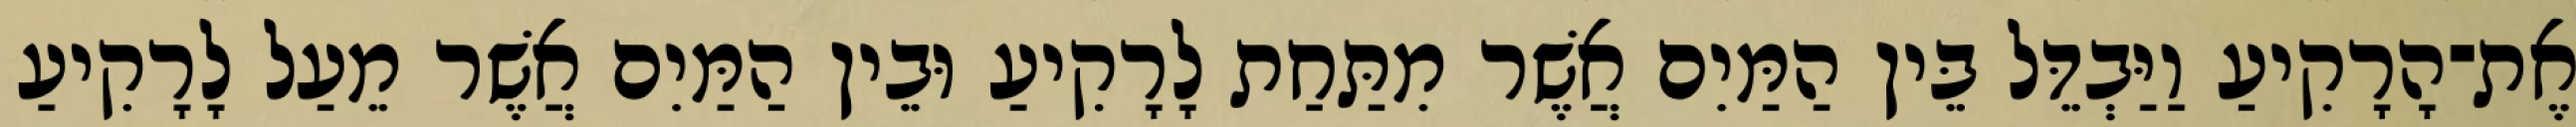
אֶת־הָרָקִיעַ וַיַּבְדֵּל בֵּין הַמַּיִם אֲשֶׁר מִתַּחַת לָרָקִיעַ וּבֵין הַמַּיִם אֲשֶׁר מֵעַל לָרָקִיעַ